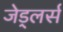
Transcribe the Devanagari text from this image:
जेड्लर्स